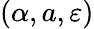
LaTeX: (\alpha,a,\varepsilon)